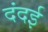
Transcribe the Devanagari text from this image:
दंदई